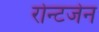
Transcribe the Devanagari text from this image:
रोन्टजेन